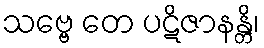
သဗ္ဗေ တေ ပဋိဇာနန္တိ၊